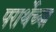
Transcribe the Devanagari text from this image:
परार्थेच्या